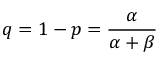
q = 1 - p = { \frac { \alpha } { \alpha + \beta } }